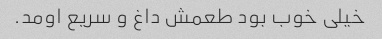
خیلی خوب بود طعمش داغ و سریع اومد.